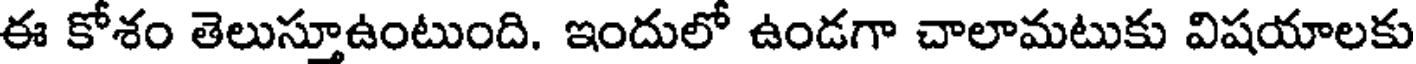
ఈ కోశం తెలుస్తూఉంటుంది. ఇందులో ఉండగా చాలామటుకు విషయాలకు